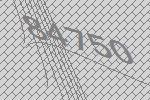
84750